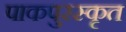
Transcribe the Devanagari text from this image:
पाकपुरस्कृत